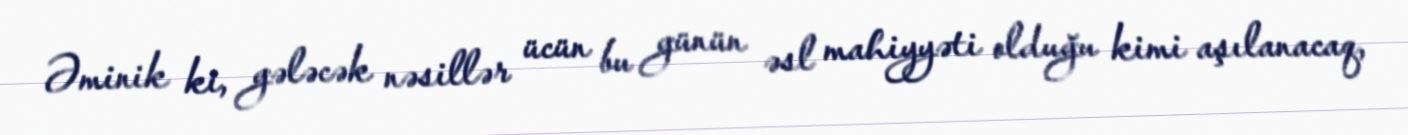
Əminik ki, gələcək nəsillər ücün bu günün əsl mahiyyəti olduğu kimi aşılanacaq,